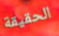
الحقيقة